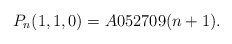
\begin{gather*}P_n(1,1,0) = A052709(n+1).\end{gather*}